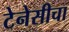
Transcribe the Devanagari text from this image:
टेनेसीचा